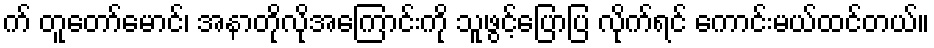
က် တူတော်မောင်၊ အနာတိုလိုအကြောင်းကို သူဖွင့်ပြောပြ လိုက်ရင် ကောင်းမယ်ထင်တယ်။